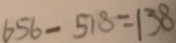
6 5 6 - 5 1 8 = 1 3 8